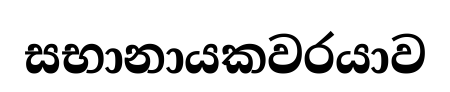
සභානායකවරයාව